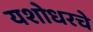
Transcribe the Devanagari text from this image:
यशोधरचे